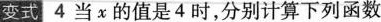
变式4当x的值是4时，分别计算下列函数